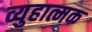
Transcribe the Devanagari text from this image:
व्युहात्मक